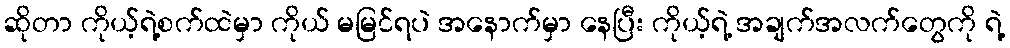
ဆိုတာ ကိုယ့်ရဲ့စက်ထဲမှာ ကိုယ် မမြင်ရပဲ အနောက်မှာ နေပြီး ကိုယ့်ရဲ့ အချက်အလက်တွေကို ရဲ့